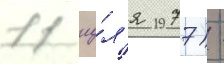
11 иу́л'я 1977) -